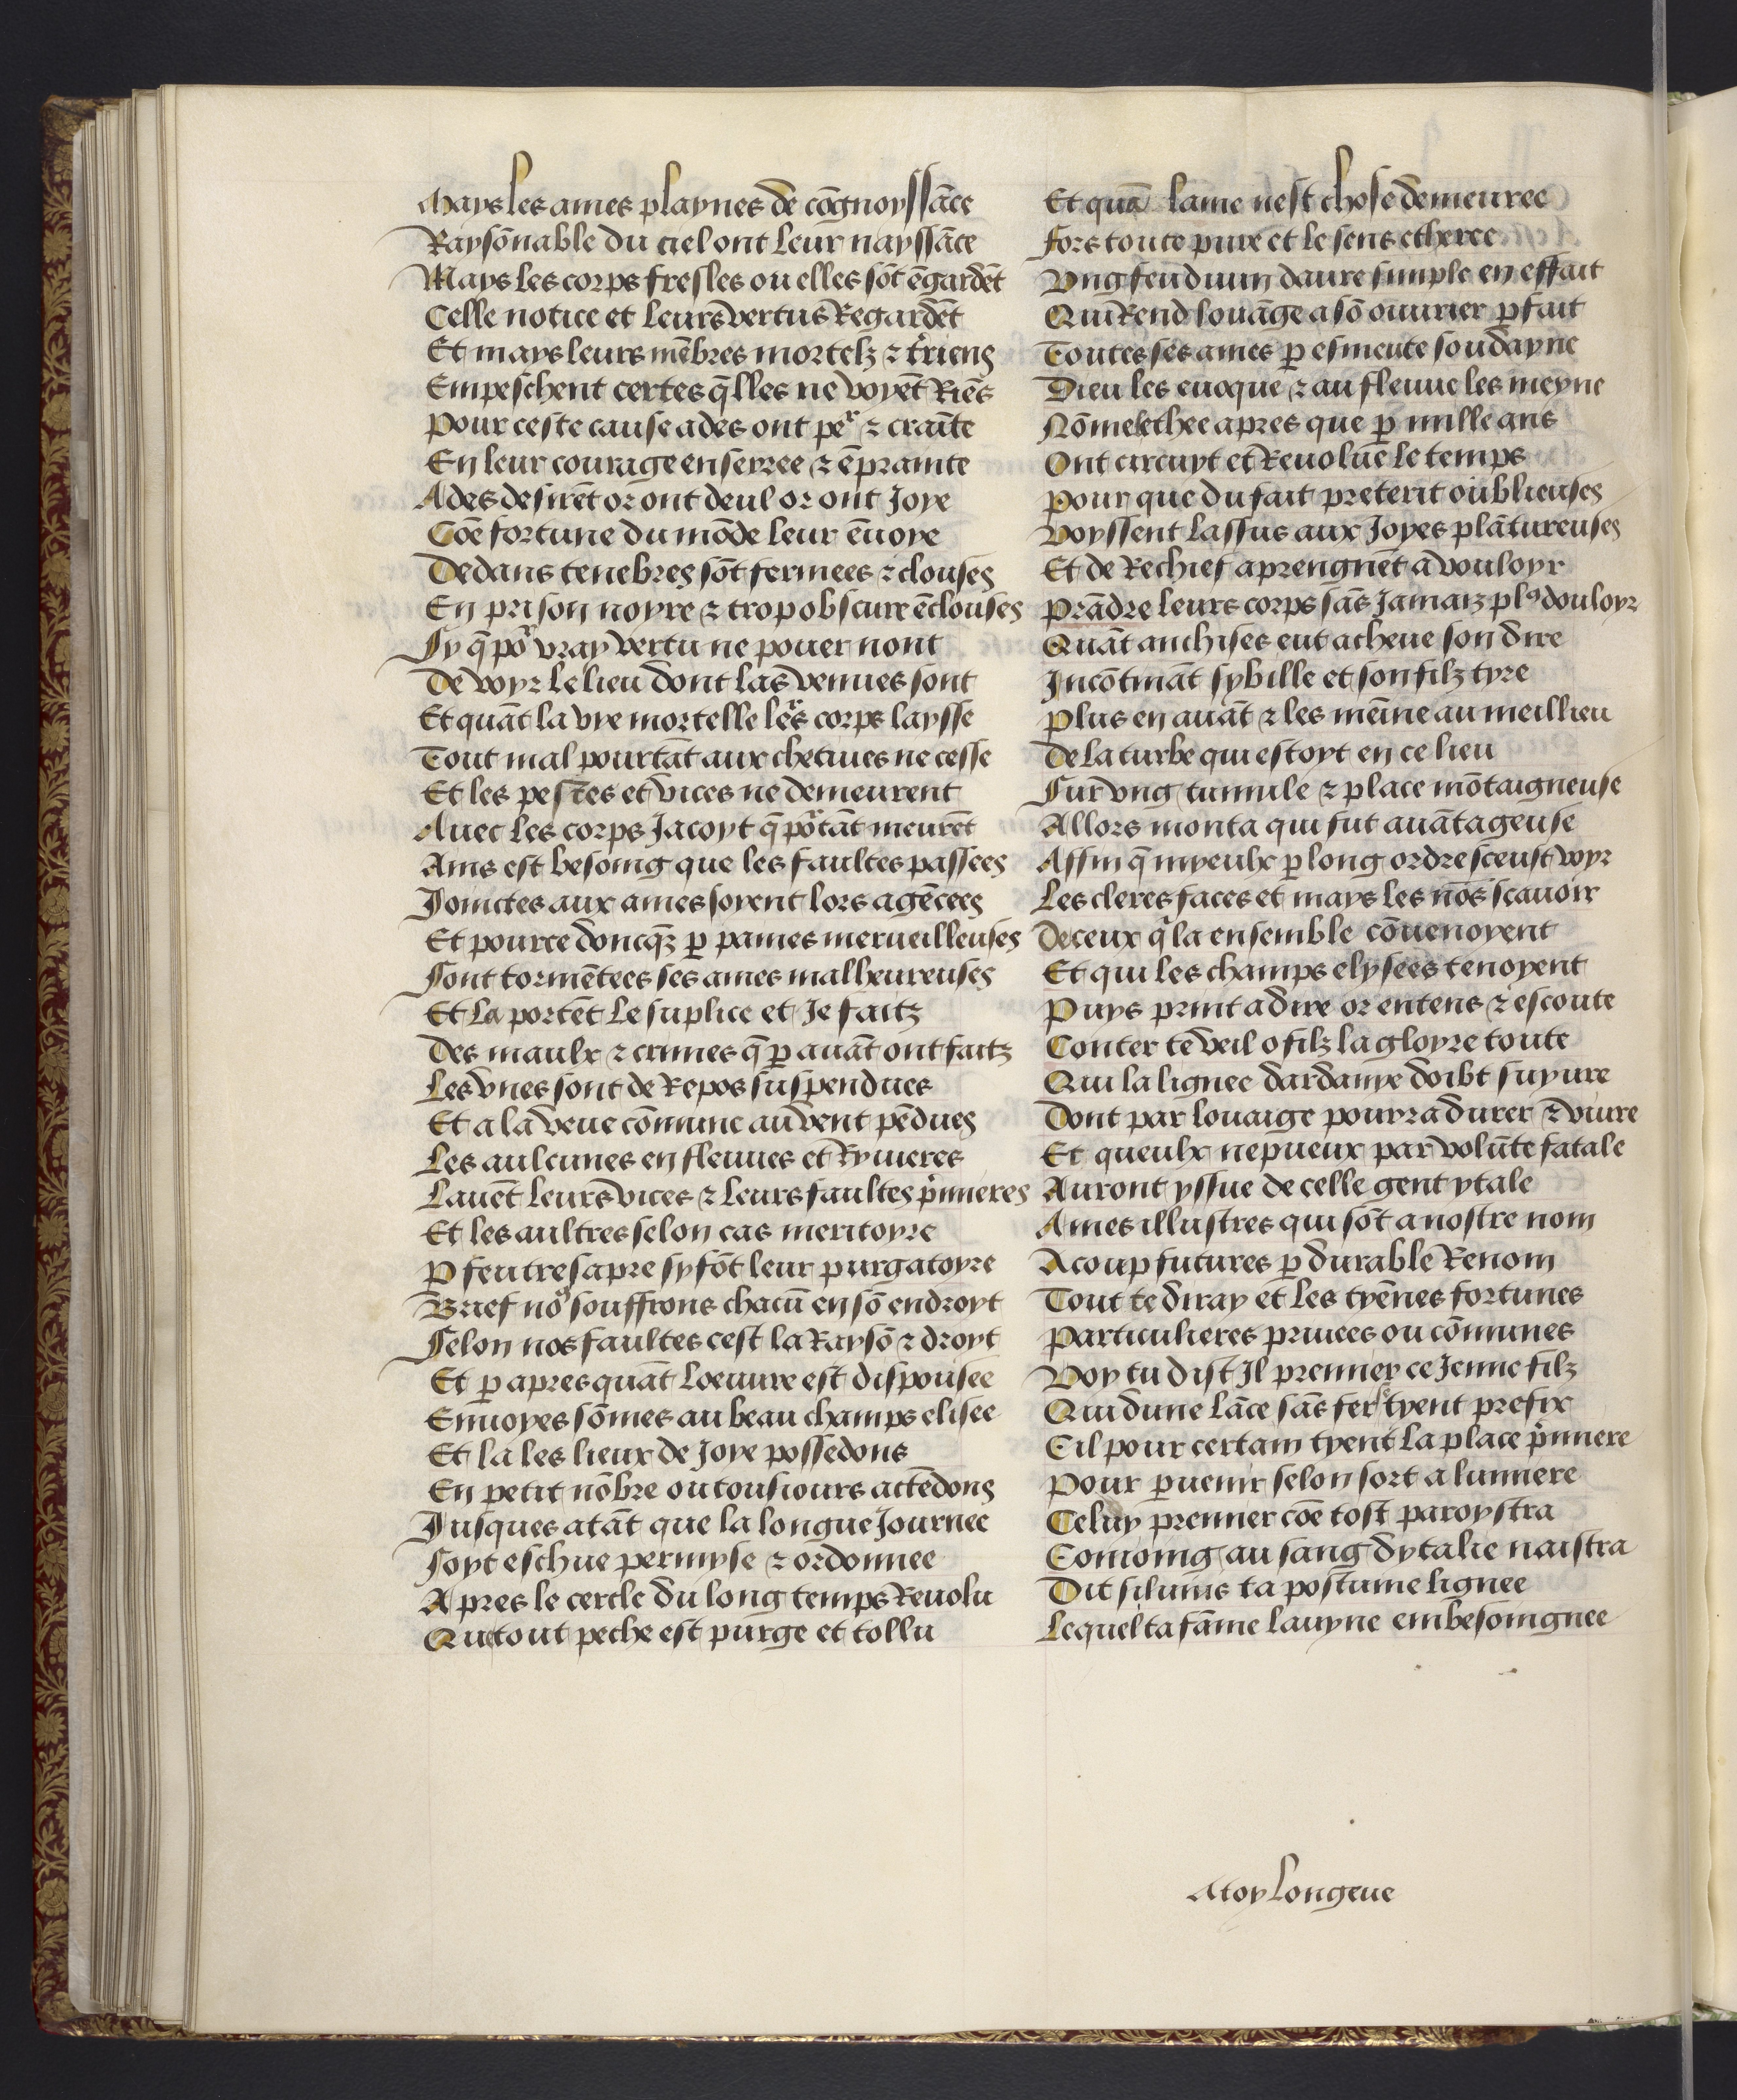
Shelfmark: Philadelphia, University of Pennsylvania, codex 909
Century: 15